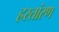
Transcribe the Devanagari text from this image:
हस्तांरण